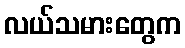
လယ်သမားတွေက